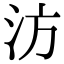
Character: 汸